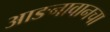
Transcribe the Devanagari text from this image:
आङनावानचा